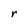
Character: r